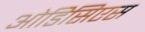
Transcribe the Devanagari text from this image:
ओडिसिएस